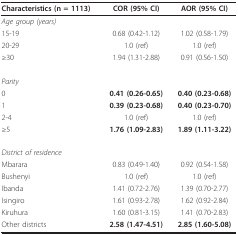
<table><thead><tr><td><b>Characteristics (n = 1113)</b></td><td><b>COR (95% CI)</b></td><td><b>AOR (95% CI)</b></td></tr></thead><tbody><tr><td><i>Age group (years)</i></td><td></td><td></td></tr><tr><td>15-19</td><td>0.68 (0.42-1.12)</td><td>1.02 (0.58-1.79)</td></tr><tr><td>20-29</td><td>1.0 (ref)</td><td>1.0 (ref)</td></tr><tr><td>≥30</td><td>1.94 (1.31-2.88)</td><td>0.91 (0.56-1.50)</td></tr><tr><td><i>Parity</i></td><td></td><td></td></tr><tr><td>0</td><td><b>0.41 (0.26-0.65)</b></td><td><b>0.40 (0.23-0.68)</b></td></tr><tr><td>1</td><td><b>0.39 (0.23-0.68)</b></td><td><b>0.40 (0.23-0.70)</b></td></tr><tr><td>2-4</td><td>1.0 (ref)</td><td>1.0 (ref)</td></tr><tr><td>≥5</td><td><b>1.76 (1.09-2.83)</b></td><td><b>1.89 (1.11-3.22)</b></td></tr><tr><td><i>District of residence</i></td><td></td><td></td></tr><tr><td>Mbarara</td><td>0.83 (0.49-1.40)</td><td>0.92 (0.54-1.58)</td></tr><tr><td>Bushenyi</td><td>1.0 (ref)</td><td>1.0 (ref)</td></tr><tr><td>Ibanda</td><td>1.41 (0.72-2.76)</td><td>1.39 (0.70-2.77)</td></tr><tr><td>Isingiro</td><td>1.61 (0.93-2.78)</td><td>1.62 (0.92-2.84)</td></tr><tr><td>Kiruhura</td><td>1.60 (0.81-3.15)</td><td>1.41 (0.70-2.83)</td></tr><tr><td>Other districts</td><td><b>2.58 (1.47-4.51)</b></td><td><b>2.85 (1.60-5.08)</b></td></tr></tbody></table>